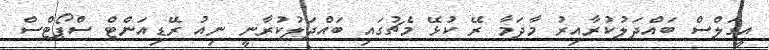
އީގަލްސް ބައްދަލުކުރާއިރު މާދަމާ ރޭ ކުޅޭ މެޗުގައި ބައްދަލުކުރާނީ ނިއު ރޭޑިއަންޓް ސްޕޯޓްސް